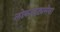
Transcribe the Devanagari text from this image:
लोकनाट्यसेवा